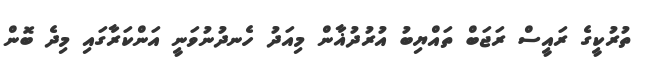
ތުރުކީގެ ރައީސް ރަޖަބް ތައްޔިބު އުރުދުޣާން މިއަދު ހެނދުނުވަނީ އަންކަރާގައި މިދެ ބޮން